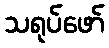
သရုပ်ဖော်